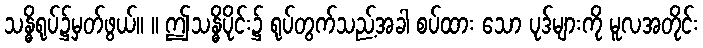
သန္ဓိရုပ်၌မှတ်ဖွယ်။ ။ ဤသန္ဓိပိုင်း၌ ရုပ်တွက်သည့်အခါ စပ်ထား သော ပုဒ်များကို မူလအတိုင်း